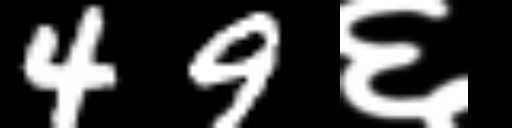
Text: 49६